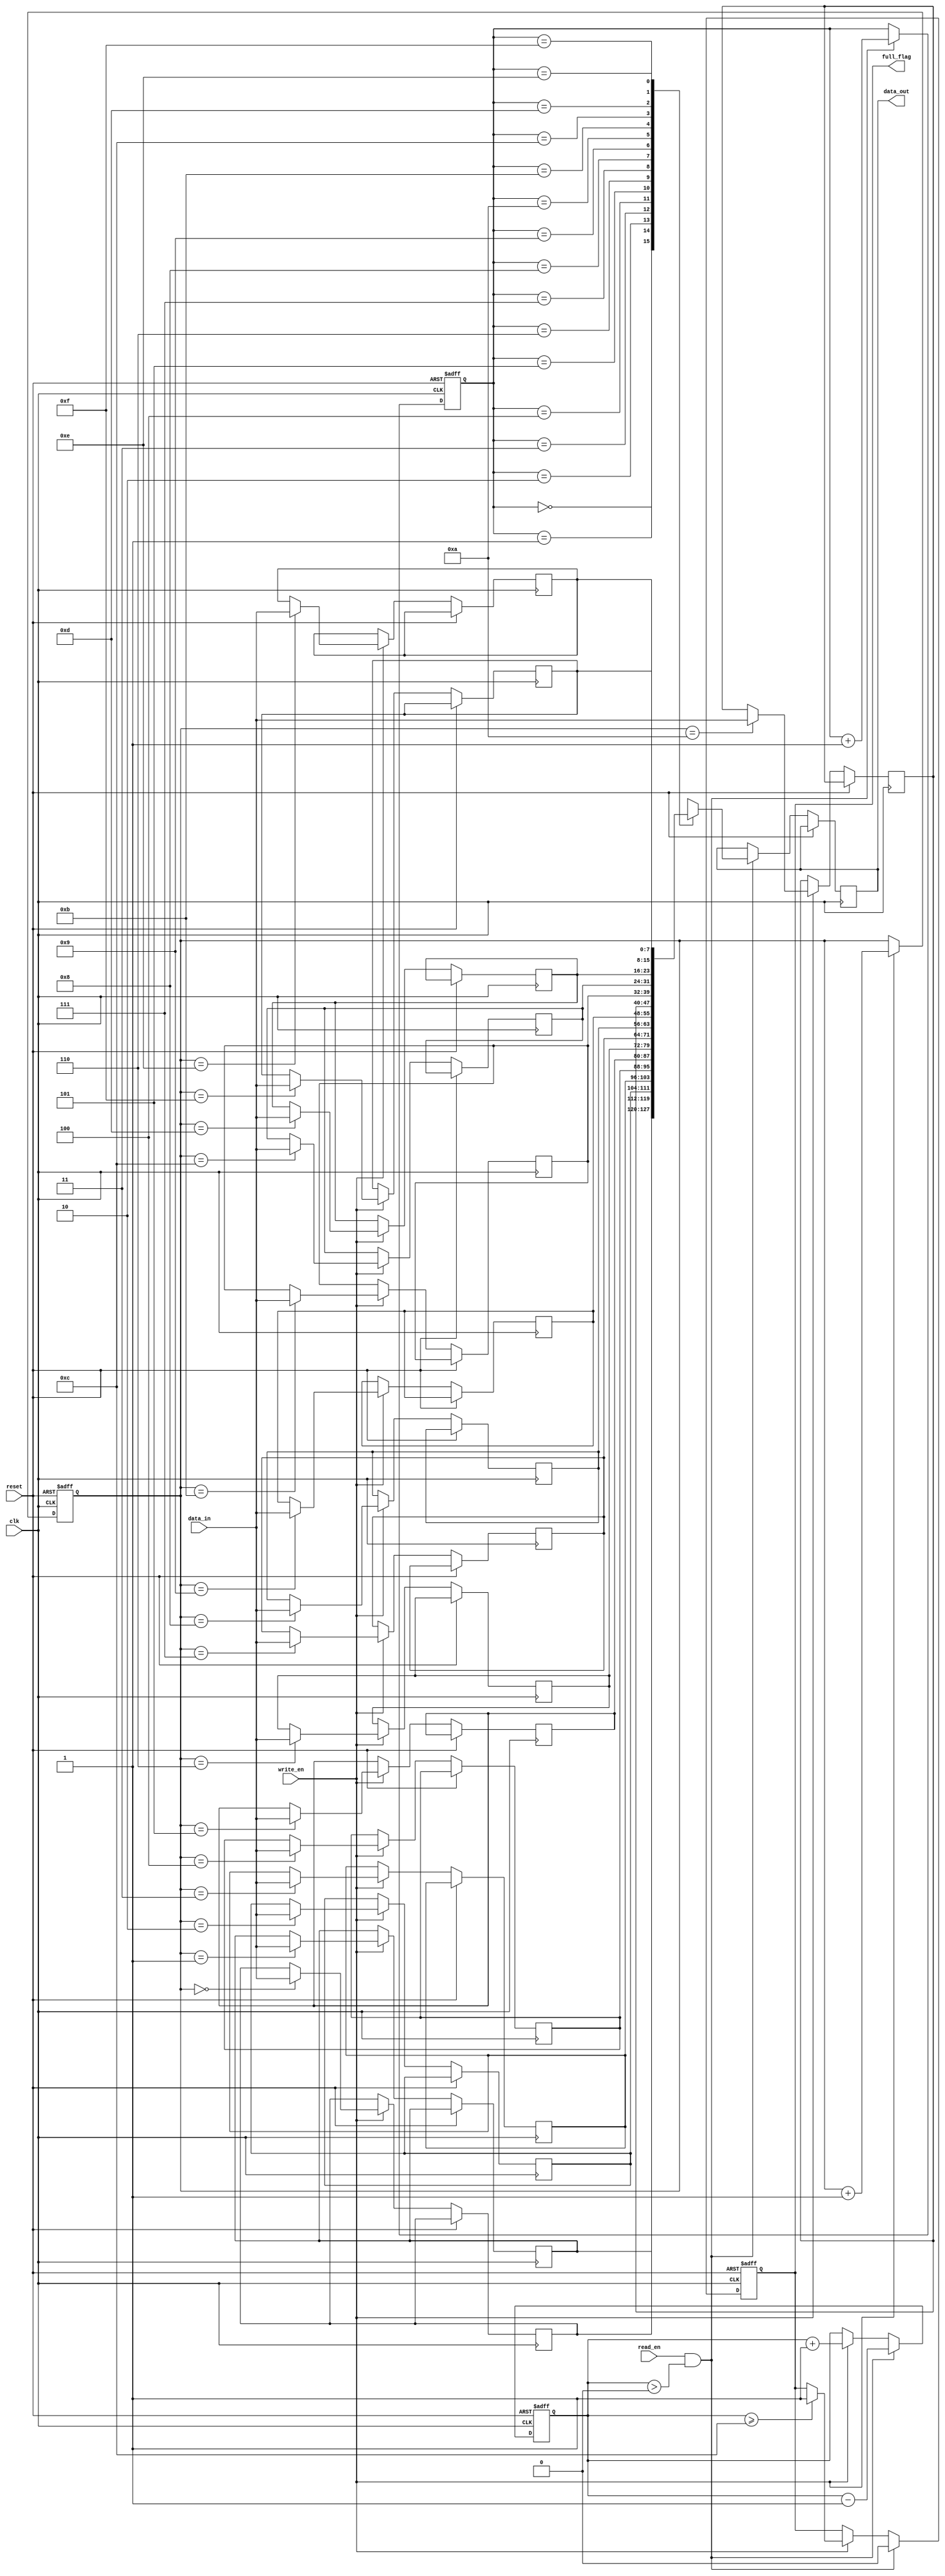
module Almost_Full_FIFO (
    input wire clk,
    input wire reset,
    input wire write_en,
    input wire read_en,
    input wire [7:0] data_in,
    output reg [7:0] data_out,
    output reg full_flag
);

reg [7:0] mem [15:0]; // Memory array to store data
reg [3:0] write_ptr; // Write pointer
reg [3:0] read_ptr; // Read pointer
reg [3:0] count; // Counter to track number of elements in the buffer

always @(posedge clk or posedge reset) begin
    if (reset) begin
        write_ptr <= 0;
        read_ptr <= 0;
        count <= 0;
        full_flag <= 0;
    end else begin
        if (write_en) begin
            mem[write_ptr] <= data_in;
            write_ptr <= write_ptr + 1;
            count <= count + 1;
            
            if (count >= 12) begin // Arbitrary capacity to trigger almost-full flag
                full_flag <= 1;
            end
        end
        
        if (read_en && count > 0) begin
            data_out <= mem[read_ptr];
            read_ptr <= read_ptr + 1;
            count <= count - 1;
            full_flag <= 0;
        end
    end
end

endmodule